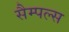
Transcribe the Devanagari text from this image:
सैम्पल्स